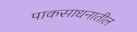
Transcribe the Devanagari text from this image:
पाकसाधनातील